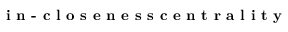
\textbf { i n - c l o s e n e s s c e n t r a l i t y }